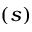
\left( s \right)